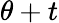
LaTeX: \theta+t